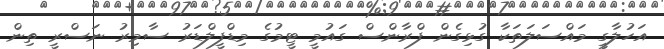
އަހުލާގީ މައްސަލަތަކާ ގުޅިގެން ފްރާންސް ގައުމީ ޓީމުގެ މިޑްފީލްޑަރު ސާމިރު ނަސްރީ ތިން